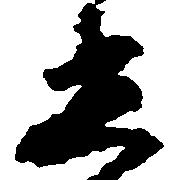
迷